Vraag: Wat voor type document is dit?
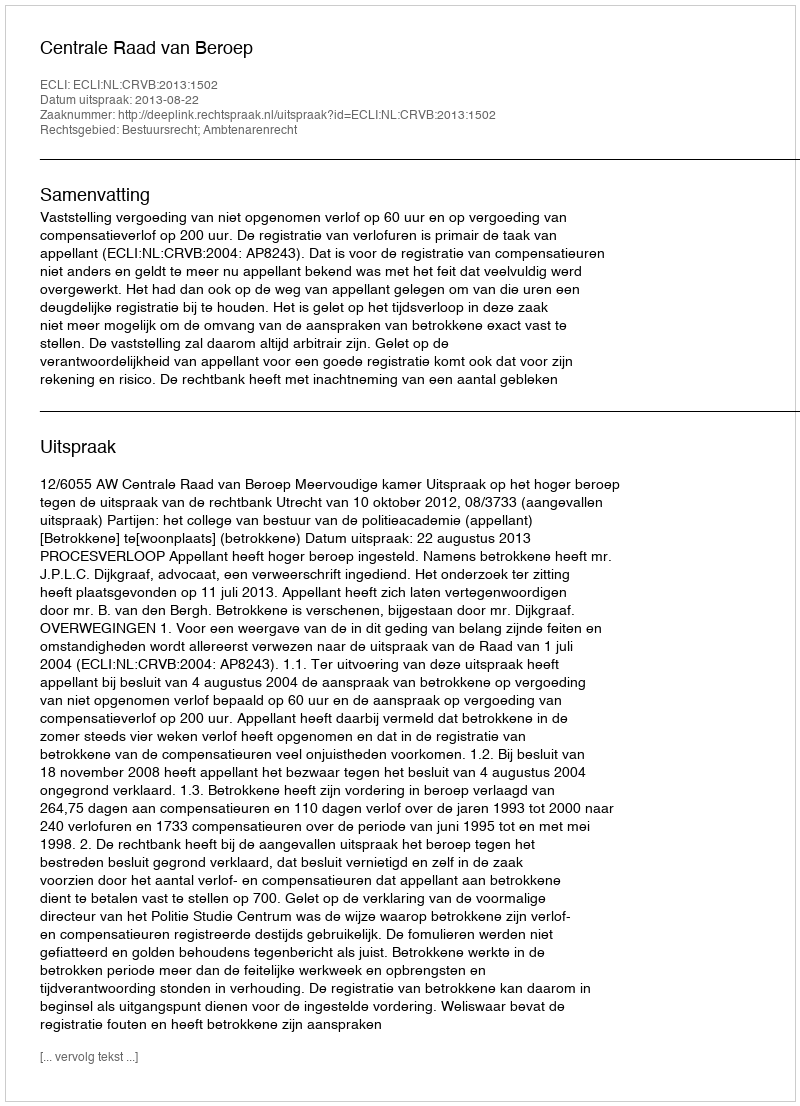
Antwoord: Uitspraak